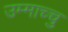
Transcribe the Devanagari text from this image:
उम्माच्चु